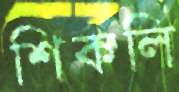
শিকলি